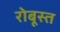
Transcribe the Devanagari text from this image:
रोबूस्त